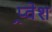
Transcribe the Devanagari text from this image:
प्र्वेश